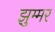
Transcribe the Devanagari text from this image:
झुम्मर